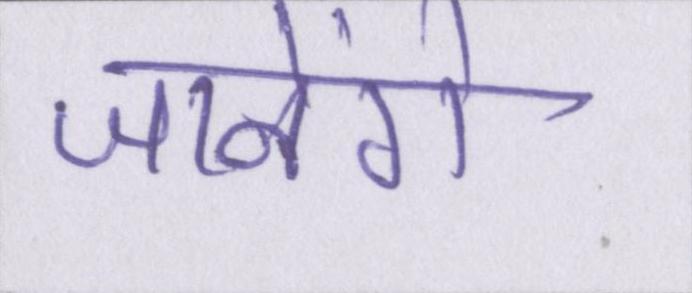
जानेंगे